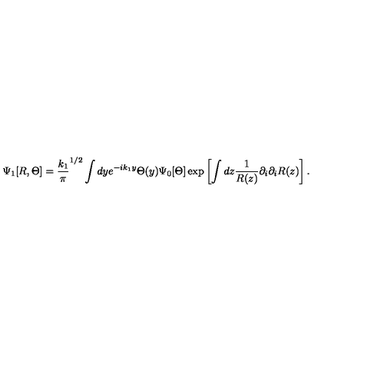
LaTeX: \Psi _ { 1 } [ R , \Theta ] = { \frac { k _ { 1 } } { \pi } } ^ { 1 / 2 } \int d y e ^ { - i k _ { 1 } y } \Theta ( y ) \Psi _ { 0 } [ \Theta ] \exp \left[ \int d z { \frac { 1 } { R ( z ) } } \partial _ { i } \partial _ { i } R ( z ) \right] .